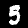
Label: 5